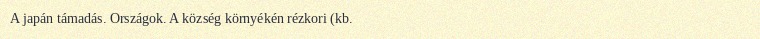
A japán támadás. Országok. A község környékén rézkori (kb.